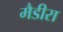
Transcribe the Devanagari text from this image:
मैडीरा